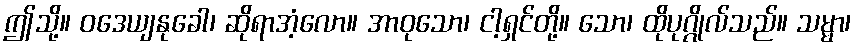
ဤသို့။ ဝဒေယျနုခေါ၊ ဆိုရာအံ့လော။ အာဝုသော၊ ငါ့ရှင်တို့။ သော၊ ထိုပုဂ္ဂိုလ်သည်။ သမ္မာ၊